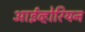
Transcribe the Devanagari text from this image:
आईव्होरियन